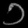
Digit: ၁